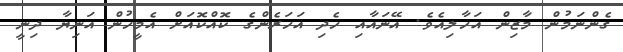
ގެންނަމުން މާޒިން އަހާލިއެވެ. އޭނައާއި ހެދި އަހަރެންގެ ކޮއްކޮއަށް އެމީހުން އަނިޔާ ދިނީ